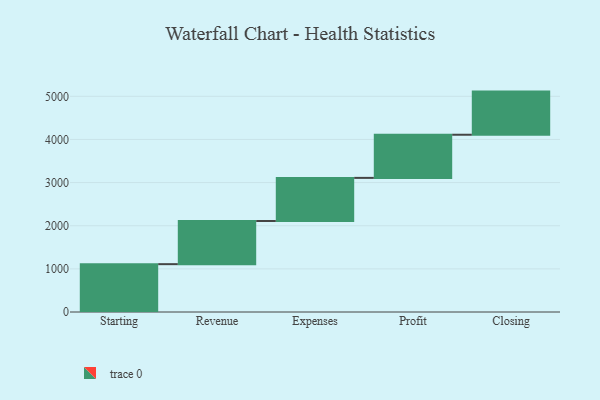
{"axis": {"x": "Step", "y": "Value"}, "legend": [""], "data": [{"x": "Starting", "y": 1109.0, "type": ""}, {"x": "Revenue", "y": 1000, "type": ""}, {"x": "Expenses", "y": 1000, "type": ""}, {"x": "Profit", "y": 1000, "type": ""}, {"x": "Closing", "y": 1000, "type": ""}]}